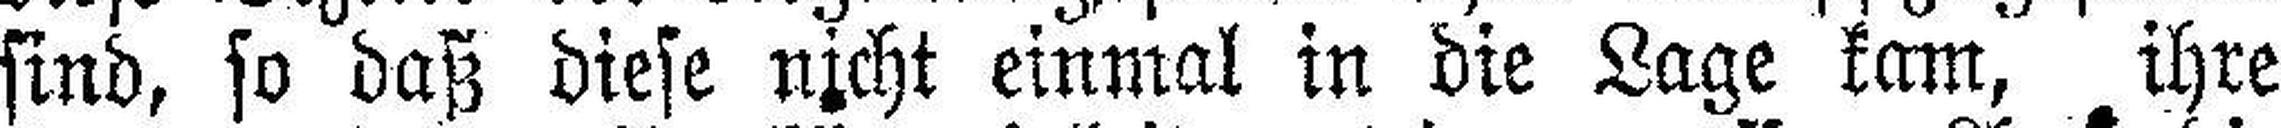
sind, so daß diese nicht einmal in die Lage kam, ihre